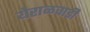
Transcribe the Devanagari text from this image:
येराळवाडी